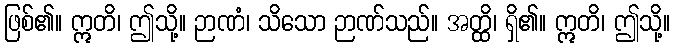
ဖြစ်၏။ ဣတိ၊ ဤသို့။ ဉာဏံ၊ သိသော ဉာဏ်သည်။ အတ္ထိ၊ ရှိ၏။ ဣတိ၊ ဤသို့။